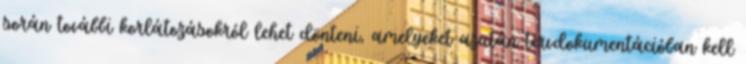
során további korlátozásokról lehet dönteni, amelyeket azután tervdokumentációban kell